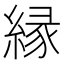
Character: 縁